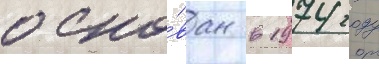
осно́ван в 1974 году